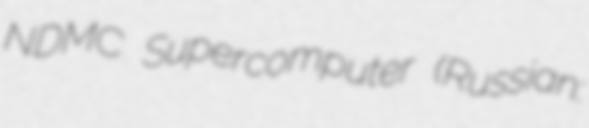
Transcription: NDMC Supercomputer (Russian: